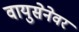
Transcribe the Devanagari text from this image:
वायुसेनेवर